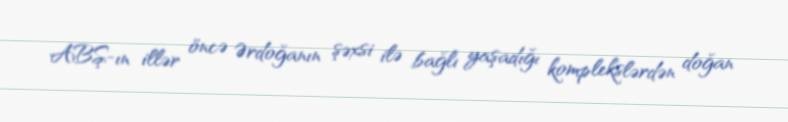
ABŞ-ın illər öncə Ərdoğanın şəxsi ilə bağlı yaşadığı komplekslərdən doğan